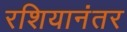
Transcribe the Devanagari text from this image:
रशियानंतर